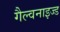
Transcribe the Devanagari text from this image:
गैल्वनाइज्ड